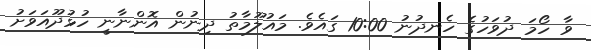
ވާ ހޯމަ ދުވަހުގެ ހެނދުނު 10:00 ގައެވެ. މައުލޫމާތު ދިނުން އޮންނާނީ ހުޅުދޫއަވަށު